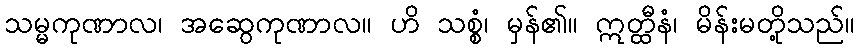
သမ္မကုဏာလ၊ အဆွေကုဏာလ။ ဟိ သစ္စံ၊ မှန်၏။ ဣတ္ထီနံ၊ မိန်းမတို့သည်။